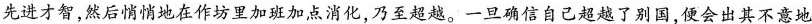
先进才智，然后悄悄地在作坊里加班加点消化，乃至超越。一旦确信自己超越了别国，便会出其不意地